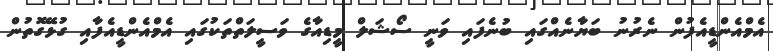
އެމްއެންޑީއެފުން ނެރުނު ބަޔާނެއްގައި ބުނެފައި ވަނީ ސޯޝަލް މީޑިއާގެ ވަސީލަތްތަކުގައި އެމްއެންޑީއެފާއި ގުޅޭގޮތުން